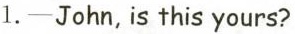
1.-John，is this yours?